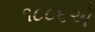
૧૮૮૬એ